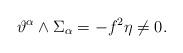
LaTeX: \begin{align*}\vartheta^{\alpha}\wedge\Sigma_{\alpha} =-f^2\eta\neq 0.\end{align*}